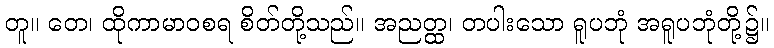
တူ။ တေ၊ ထိုကာမာဝစရ စိတ်တို့သည်။ အညတ္ထ၊ တပါးသော ရူပဘုံ အရူပဘုံတို့၌။